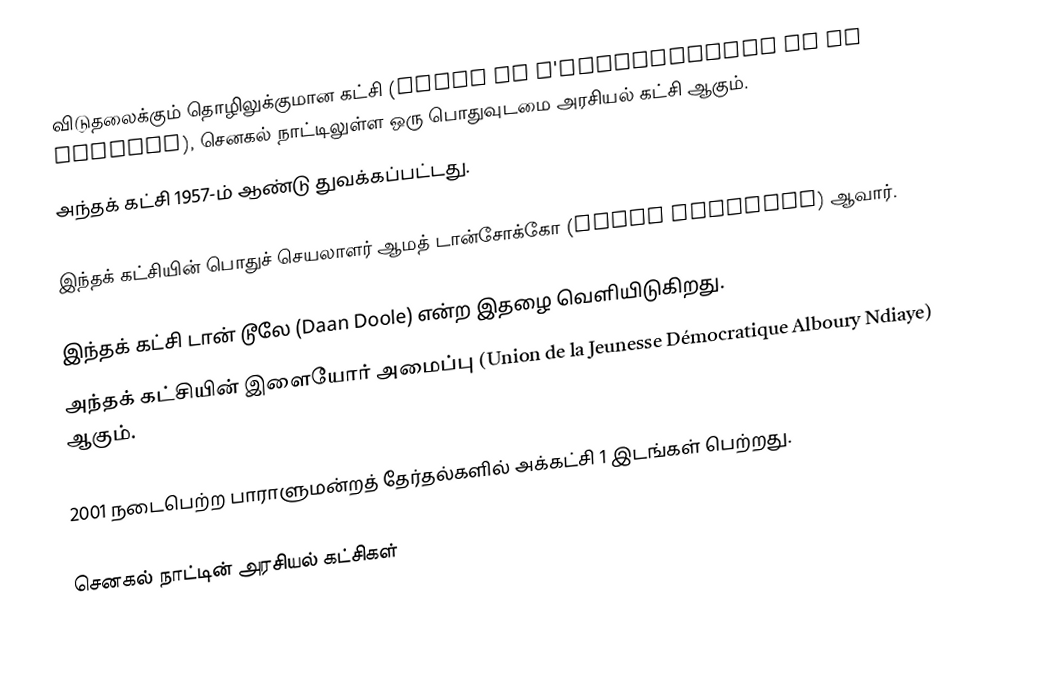
விடுதலைக்கும் தொழிலுக்குமான கட்சி (Parti de l'Indépendence et du Travail), செனகல் நாட்டிலுள்ள ஒரு பொதுவுடமை அரசியல் கட்சி ஆகும்.
அந்தக் கட்சி 1957-ம் ஆண்டு துவக்கப்பட்டது.

இந்தக் கட்சியின் பொதுச் செயலாளர் ஆமத் டான்சோக்கோ (Amath Dansokho) ஆவார்.

இந்தக் கட்சி டான் டூலே (Daan Doole) என்ற இதழை வெளியிடுகிறது.
அந்தக் கட்சியின் இளையோர் அமைப்பு (Union de la Jeunesse Démocratique Alboury Ndiaye) ஆகும்.

2001 நடைபெற்ற பாராளுமன்றத் தேர்தல்களில் அக்கட்சி 1 இடங்கள் பெற்றது.

செனகல் நாட்டின் அரசியல் கட்சிகள்